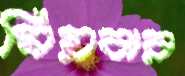
মিয়বার